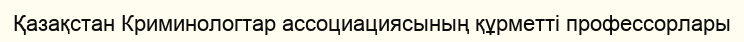
Қазақстан Криминологтар ассоциациясының құрметті профессорлары